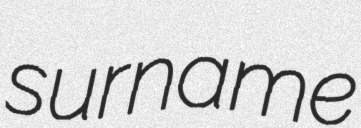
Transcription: surname